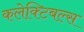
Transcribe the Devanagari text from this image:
कलेक्टिबल्स